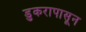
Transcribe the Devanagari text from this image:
डुकरापासून